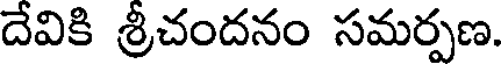
దేవికి శ్రీచందనం సమర్పణ.